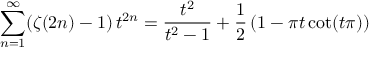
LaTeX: \sum _ { n = 1 } ^ { \infty } ( \zeta ( 2 n ) - 1 ) \, t ^ { 2 n } = { \frac { t ^ { 2 } } { t ^ { 2 } - 1 } } + { \frac { 1 } { 2 } } \left( 1 - \pi t \cot ( t \pi ) \right)